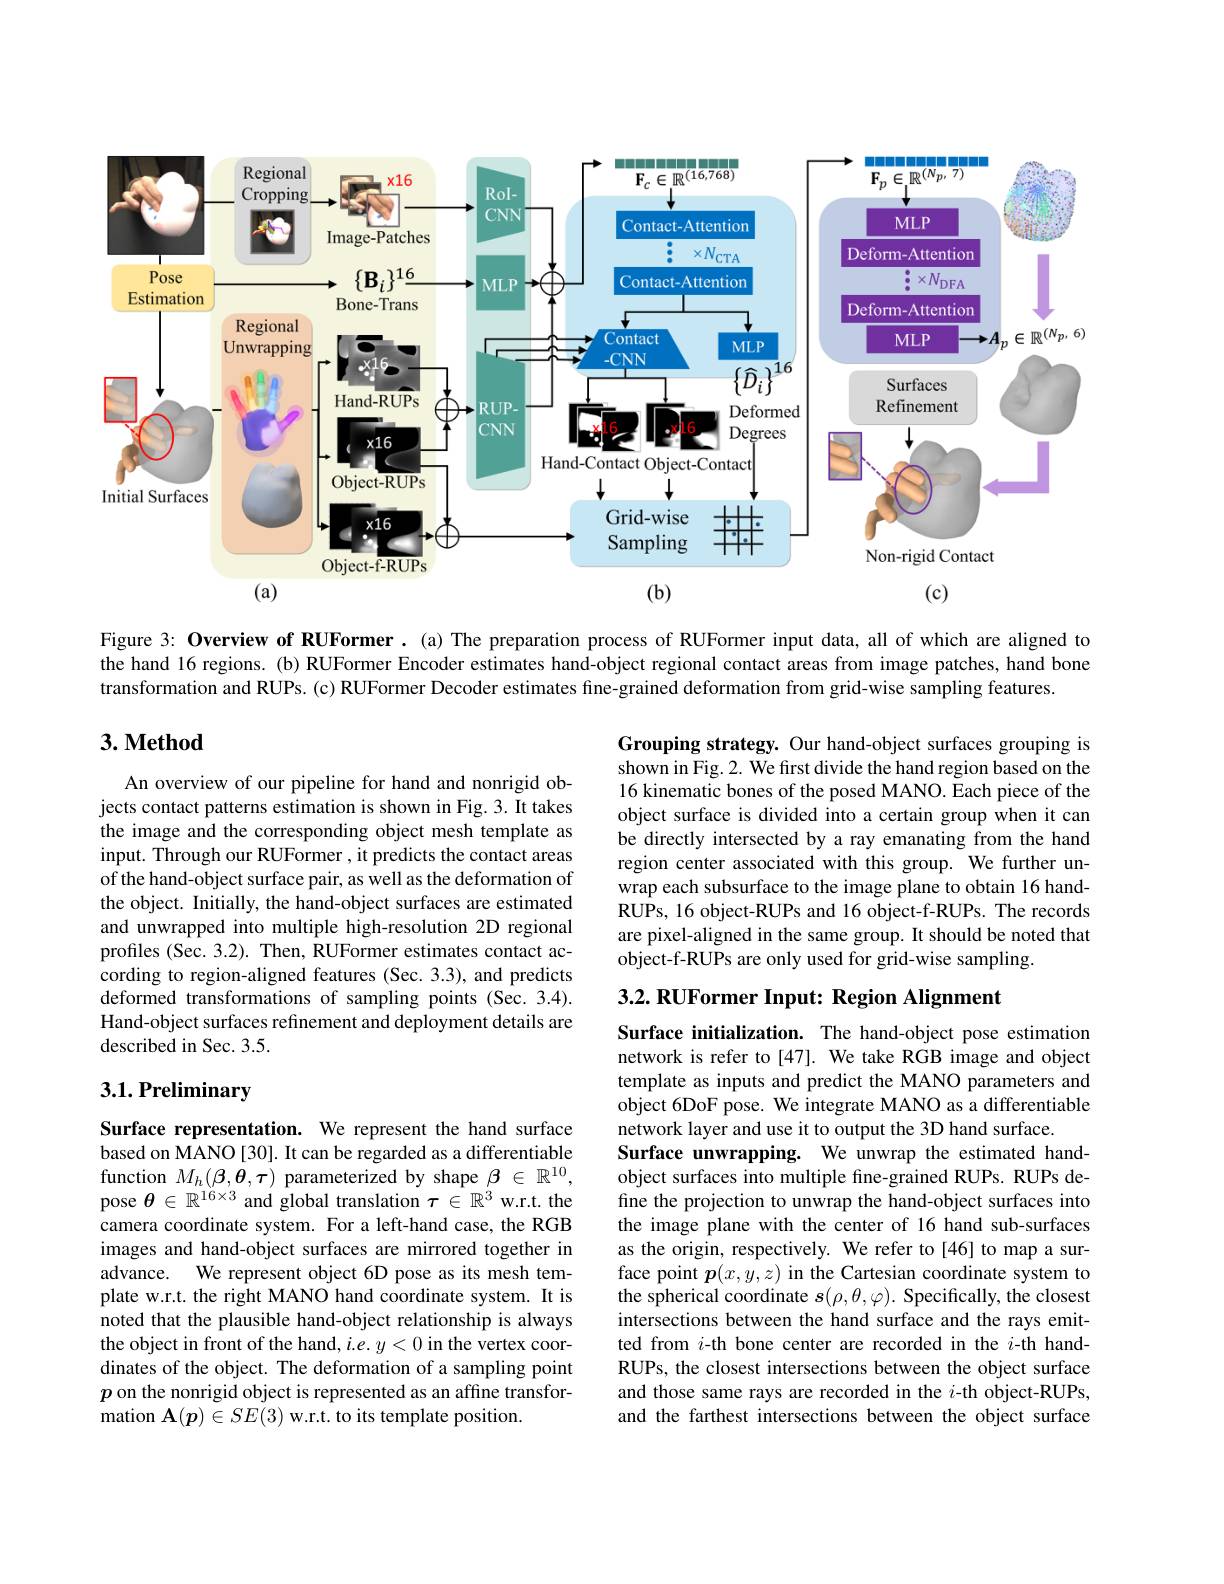
<FigureHere>

Figure 3: Overview of RUFormer. (a) The preparation process of RUFormer input data, all of which are aligned to the hand 16 regions. (b) RUFormer Encoder estimates hand-object regional contact areas from image patches, hand bone transformation and RUPs. (c) RUFormer Decoder estimates fine-grained deformation from grid-wise sampling features.

## $3. \textbf{Method}$

Grouping strategy. Our hand-object surfaces grouping is shown in Fig. 2. We first divide the hand region based on the 16 kinematic bones of the posed MANO. Each piece of the object surface is divided into a certain group when it can be directly intersected by a ray emanating from the hand region center associated with this group. We further unwrap each subsurface to the image plane to obtain 16 handRUPs, 16 object-RUPs and 16 object-f-RUPs. The records are pixel-aligned in the same group. It should be noted that object-f-RUPs are only used for grid-wise sampling.

An overview of our pipeline for hand and nonrigid objects contact patterns estimation is shown in Fig. 3. It takes the image and the corresponding object mesh template as input. Through our RUFormer , it predicts the contact areas of the hand-object surface pair, as well as the deformation of the object. Initially, the hand-object surfaces are estimated and unwrapped into multiple high-resolution 2D regional profiles (Sec. 3.2). Then, RUFormer estimates contact according to region-aligned features (Sec. 3.3), and predicts deformed transformations of sampling points (Sec. 3.4). Hand-object surfaces refinement and deployment details are described in Sec. 3.5.

## $3. 2. \textbf{ RUFormer Input: Region Alignment}$

## $3. 1. \textbf{Preliminary}$

Surface initialization. The hand-object pose estimation network is refer to[47]. We take RGB image and object template as inputs and predict the MANO parameters and object 6DoF pose. We integrate MANO as a differentiable network layer and use it to output the 3D hand surface.
Surface unwrapping. We unwrap the estimated handobject surfaces into multiple fine-grained RUPs. RUPs define the projection to unwrap the hand-object surfaces into the image plane with the center of 16 hand sub-surfaces as the origin, respectively. We refer to[46] to map a surface point $\boldsymbol{p}(x,y,z)$ in the Cartesian coordinate system to the spherical coordinate $s(\rho,\theta,\varphi).$ Specifically, the closest intersections between the hand surface and the rays emitted from $i$-th bone center are recorded in the $i$-th handRUPs, the closest intersections between the object surface and those same rays are recorded in the $i$-th object-RUPs, and the farthest intersections between the object surface

Surface representation. We represent the hand surface based on MANO [30]. It can be regarded as a differentiable function $M_h(\beta,\boldsymbol{\theta},\boldsymbol{\tau})$ parameterized by shape $\beta\in\mathbb{R}^10$, pose $\theta\in\mathbb{R}^1\dot{6}\times3$ and global translation $\tau\in\mathbb{R}^3$ w.r.t. the camera coordinate system. For a left-hand case, the RGB images and hand-object surfaces are mirrored together in advance. We represent object 6D pose as its mesh template w.r.t. the right MANO hand coordinate system. It is noted that the plausible hand-object relationship is always the object in front of the hand, $i.e.y<0$ in the vertex coordinates of the object. The deformation of a sampling point $p$ on the nonrigid object is represented as an affine transformation $\mathbf{A}(\boldsymbol{p})\in SE(3)$ w.r.t. to its template position